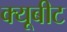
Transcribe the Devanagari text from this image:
क्यूबीट